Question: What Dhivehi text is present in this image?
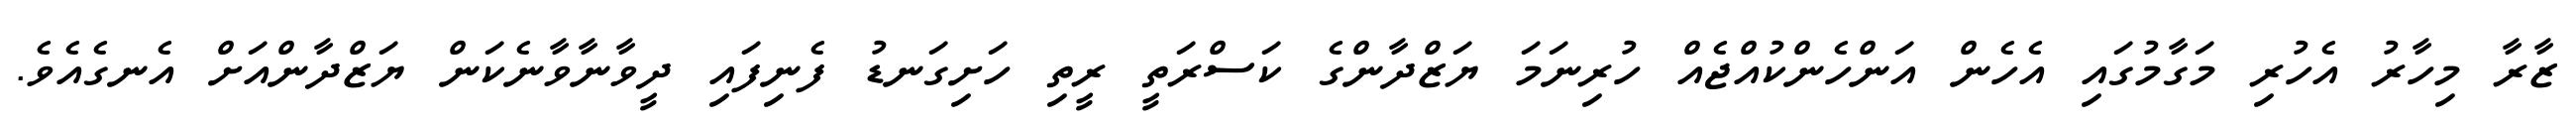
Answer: ޒާރާ މިހާރު އެހުރި މަގާމުގައި އެހެން އަންހެންކުއްޖެއް ހުރިނަމަ ޔަޒްދާންގެ ކަސްރަތީ ރީތި ހަށިގަނޑު ފެނިފައި ދީވާނާވާނެކަން ޔަޒްދާންއަށް އެނގެއެވެ.